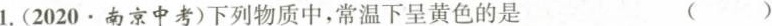
1.(2020 \cdot 南京中考)下列物质中，常温下呈黄色的是 ()